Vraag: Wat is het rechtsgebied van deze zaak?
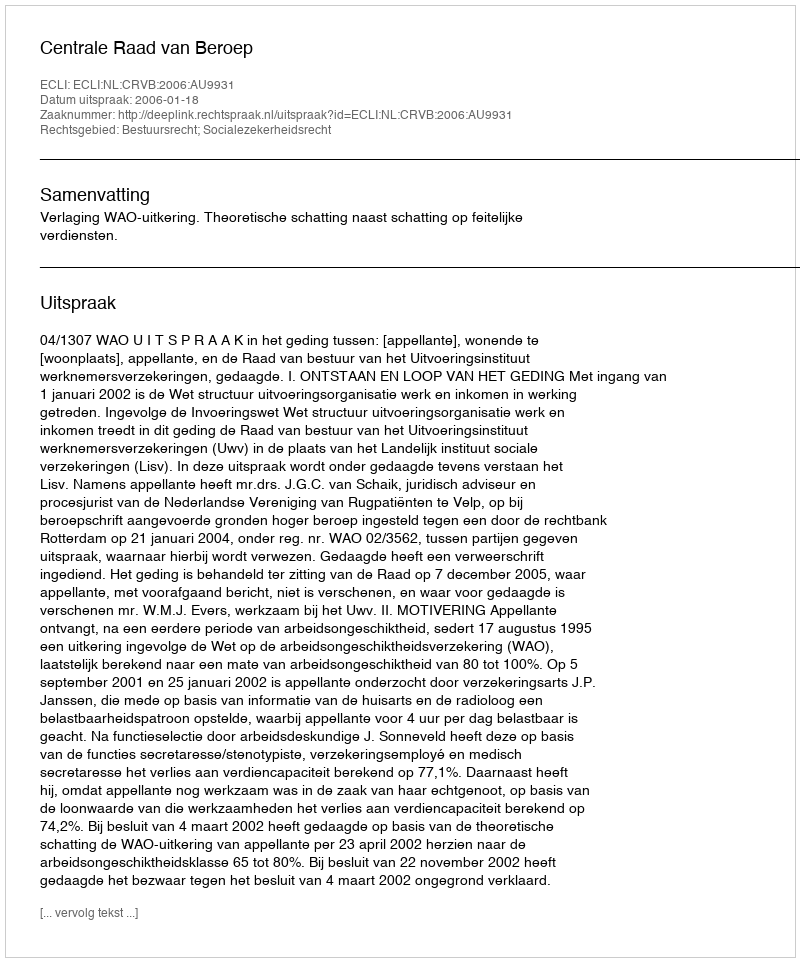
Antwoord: Bestuursrecht; Socialezekerheidsrecht